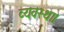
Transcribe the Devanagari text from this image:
व्‍यवस्‍था।